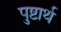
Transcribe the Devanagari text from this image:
पुष्टार्थ